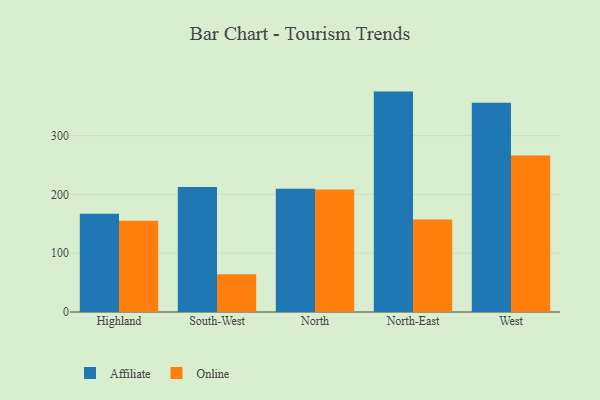
{"axis": {"x": "Region", "y": "Demand Index"}, "legend": ["Affiliate", "Online"], "data": [{"x": "Highland", "y": 167.1, "type": "Affiliate"}, {"x": "Highland", "y": 155.4, "type": "Online"}, {"x": "South-West", "y": 212.5, "type": "Affiliate"}, {"x": "South-West", "y": 64.2, "type": "Online"}, {"x": "North", "y": 209.5, "type": "Affiliate"}, {"x": "North", "y": 208.2, "type": "Online"}, {"x": "North-East", "y": 374.9, "type": "Affiliate"}, {"x": "North-East", "y": 157.5, "type": "Online"}, {"x": "West", "y": 355.9, "type": "Affiliate"}, {"x": "West", "y": 266.0, "type": "Online"}]}